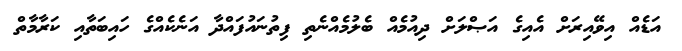
އަޑެއް އިވޭއިރަށް އެއިގެ އަޞްލަށް ދިއުމެއް ބެލުމެއްނެތި ފިތުނައުފައްދާ އަނެކެއްގެ ހައިބަތާއި ކަރާމާތް